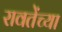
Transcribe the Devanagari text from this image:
रावतेंच्या